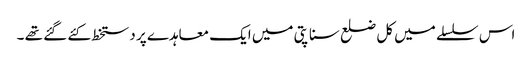
اس سلسلے میں کل ضلع سناپتی میں ایک معاہدے پر دستخط کئے گئے تھے ۔